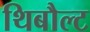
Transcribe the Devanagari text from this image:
थिबौल्ट